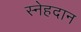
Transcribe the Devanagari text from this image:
स्नेहदान